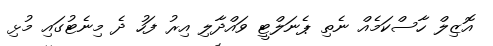
އޮޒިލް ހާސްކަމެއް ނެތި ޕެނަލްޓީ ވައްދާލި އިރު ފަހު ދެ މިނެޓުގައި މުޅި